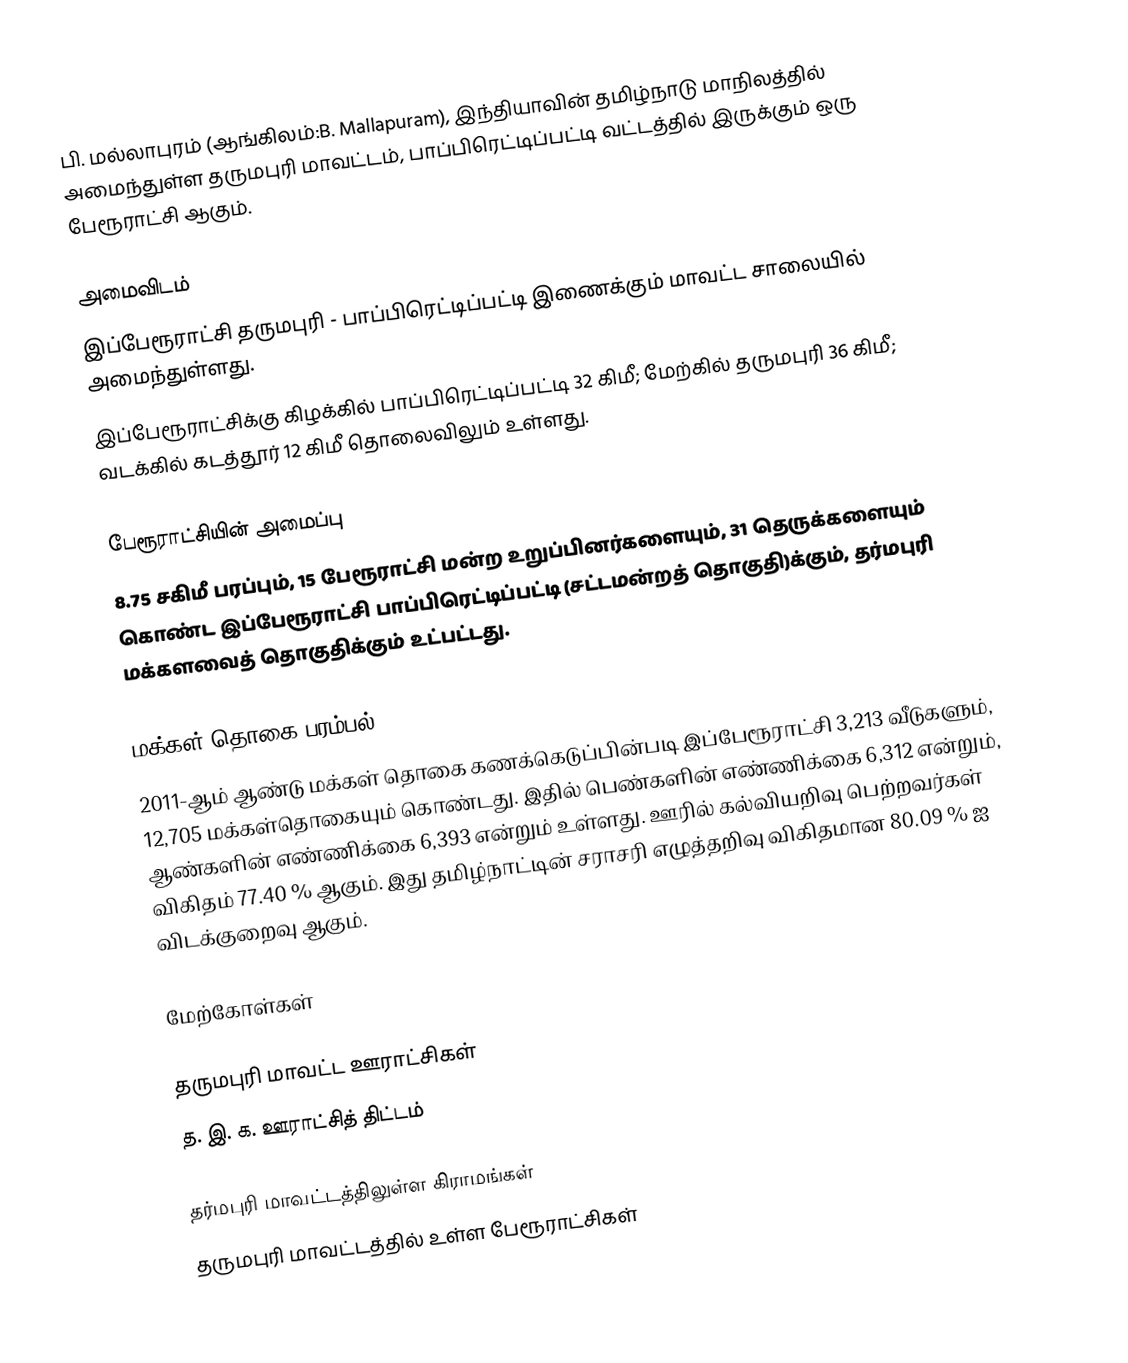
பி. மல்லாபுரம் (ஆங்கிலம்:B. Mallapuram), இந்தியாவின் தமிழ்நாடு மாநிலத்தில் அமைந்துள்ள தருமபுரி மாவட்டம், பாப்பிரெட்டிப்பட்டி வட்டத்தில் இருக்கும் ஒரு பேரூராட்சி ஆகும்.

அமைவிடம்
இப்பேரூராட்சி தருமபுரி - பாப்பிரெட்டிப்பட்டி  இணைக்கும் மாவட்ட சாலையில் அமைந்துள்ளது.
இப்பேரூராட்சிக்கு கிழக்கில்   பாப்பிரெட்டிப்பட்டி 32    கிமீ; மேற்கில் தருமபுரி 36 கிமீ; வடக்கில் கடத்தூர் 12 கிமீ தொலைவிலும் உள்ளது.

பேரூராட்சியின் அமைப்பு
8.75 சகிமீ பரப்பும்,  15 பேரூராட்சி மன்ற  உறுப்பினர்களையும்,     31 தெருக்களையும்   கொண்ட இப்பேரூராட்சி  பாப்பிரெட்டிப்பட்டி   (சட்டமன்றத் தொகுதி)க்கும், தர்மபுரி மக்களவைத் தொகுதிக்கும் உட்பட்டது.

மக்கள் தொகை பரம்பல்
2011-ஆம் ஆண்டு மக்கள் தொகை கணக்கெடுப்பின்படி  இப்பேரூராட்சி  3,213  வீடுகளும், 12,705 மக்கள்தொகையும் கொண்டது. இதில் பெண்களின் எண்ணிக்கை  6,312 என்றும், ஆண்களின் எண்ணிக்கை 6,393 என்றும் உள்ளது. ஊரில் கல்வியறிவு பெற்றவர்கள் விகிதம் 77.40 % ஆகும். இது தமிழ்நாட்டின் சராசரி எழுத்தறிவு விகிதமான 80.09 % ஐ விடக்குறைவு ஆகும்.

மேற்கோள்கள்

தருமபுரி மாவட்ட ஊராட்சிகள்
த. இ. க. ஊராட்சித் திட்டம்

தர்மபுரி மாவட்டத்திலுள்ள கிராமங்கள்
தருமபுரி மாவட்டத்தில் உள்ள பேரூராட்சிகள்